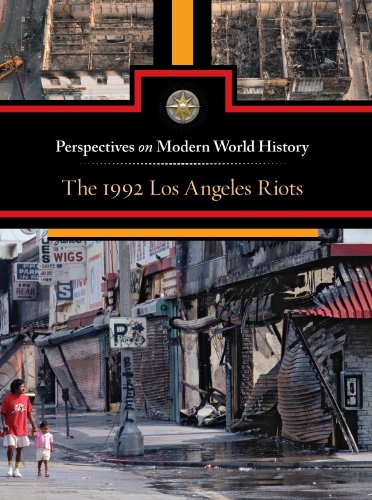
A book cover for The 1992 Los Angeles Riots (Perspectives on Modern World History); Louise I. Gerdes; Teen & Young Adult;